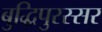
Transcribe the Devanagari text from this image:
बुद्धिपुरस्सर